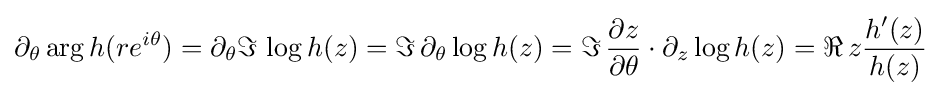
\partial _{\theta }\arg h(re^{i\theta })=\partial _{\theta }\Im \,\log h(z)=\Im \,\partial _{\theta }\log h(z)=\Im \,{\partial z \over \partial \theta }\cdot \partial _{z}\log h(z)=\Re \,z{h^{\prime }(z) \over h(z)}